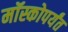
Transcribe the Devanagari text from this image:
मॉस्कोपर्यंत